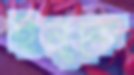
ইনুকে